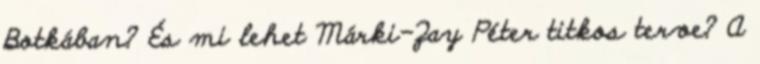
Botkában? És mi lehet Márki-Zay Péter titkos terve? A